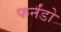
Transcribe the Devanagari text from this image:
फर्नंडो